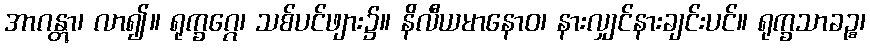
အာဂန္တွာ၊ လာ၍။ ရုက္ခဂ္ဂေ၊ သစ်ပင်ဖျား၌။ နိလီယမာနောဝ၊ နားလျှင်နားချင်းပင်။ ရုက္ခသာခဉ္စ၊